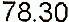
78.30